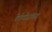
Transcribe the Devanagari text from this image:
देवेगौडांच्या